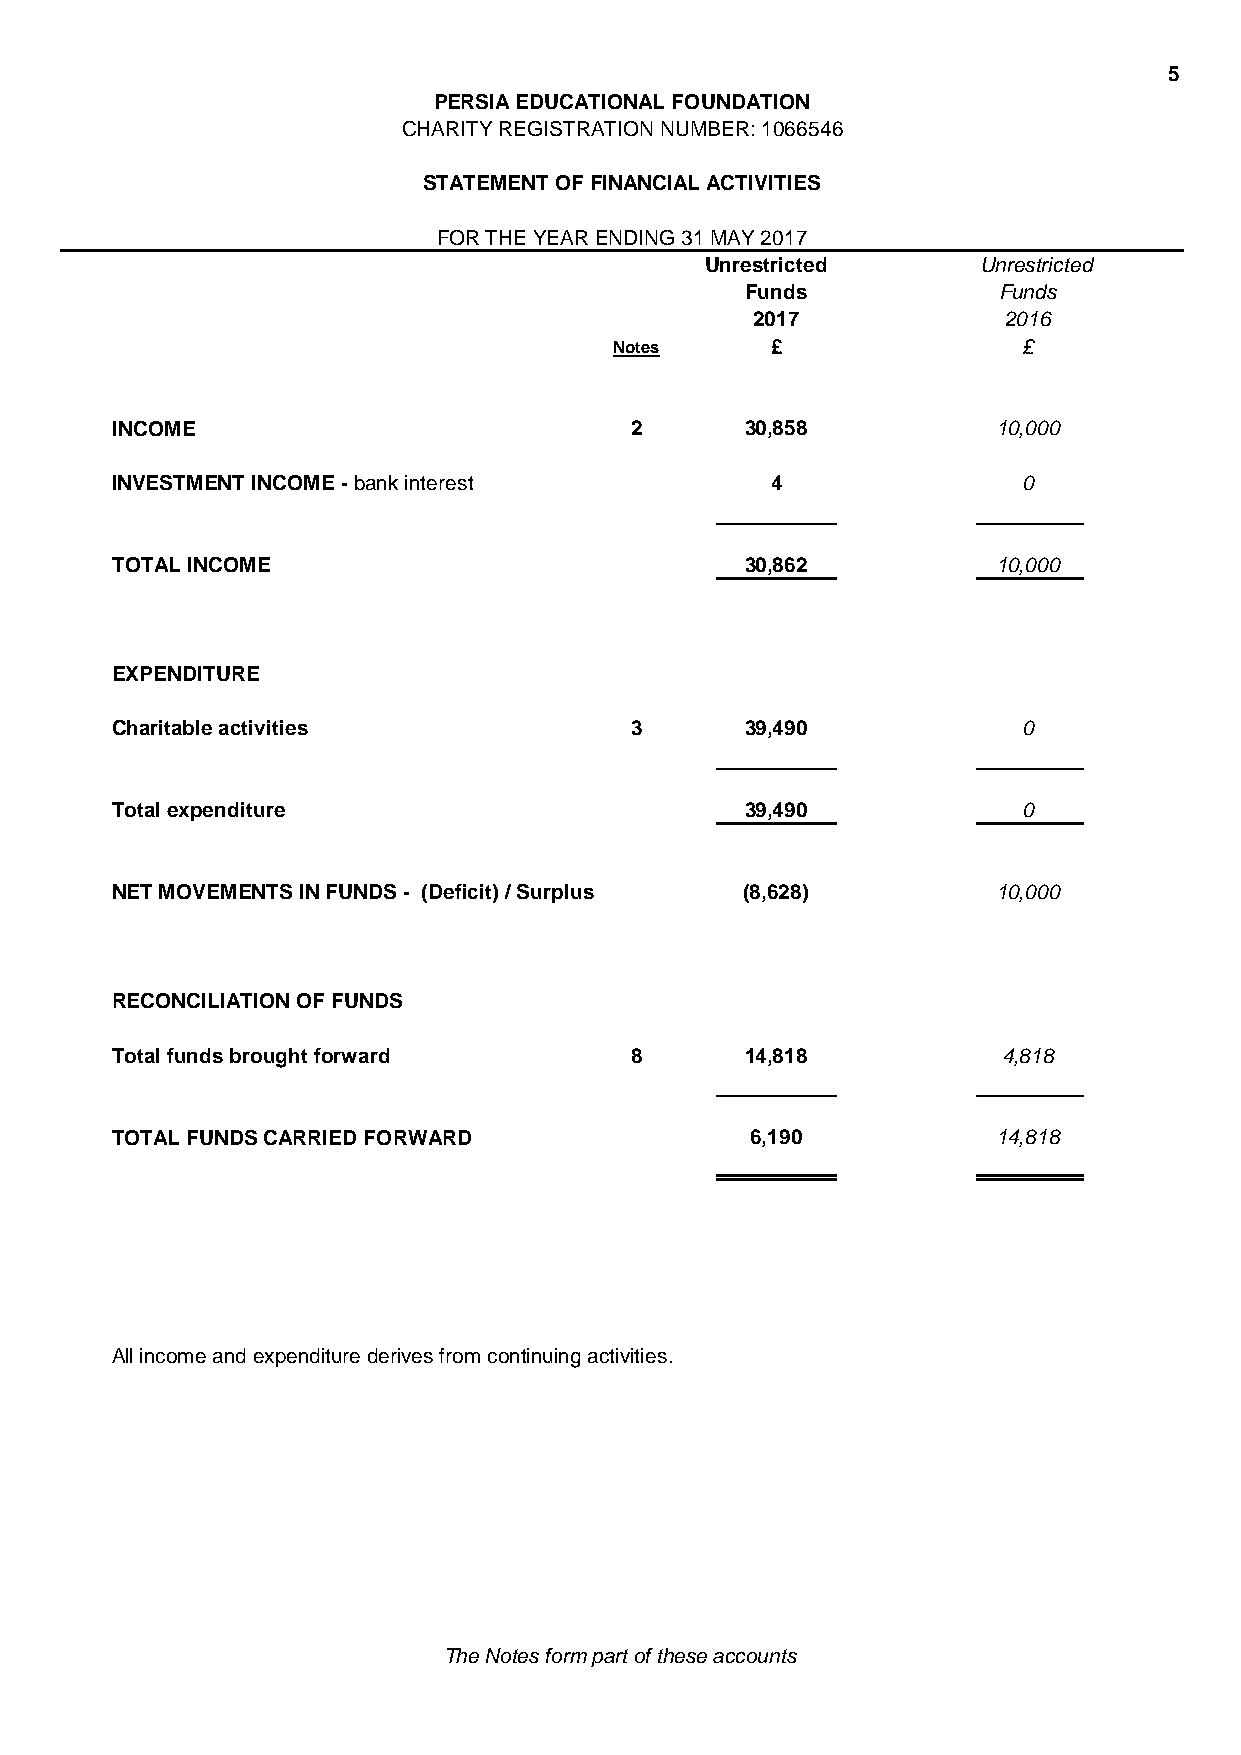
5
 PERSIA EDUCATIONAL FOUNDATION
 CHARITY REGISTRATION NUMBER: 1066546
 STATEMENT OF FINANCIAL ACTIVITIES
 FOR THE YEAR ENDING 31 MAY 2017
 Unrestricted      Unrestricted
 Funds            Funds
 2017            2016
 Notes     £                £
 INCOME                             2      30,858           10,000
 INVESTMENT INCOME - bank interest           4                0
 TOTAL INCOME                              30,862           10,000
 EXPENDITURE
 Charitable activities              3      39,490             0
 Total expenditure                         39,490             0
 NET MOVEMENTS IN FUNDS - (Deficit) / Surplus (8,628)       10,000
 RECONCILIATION OF FUNDS
 Total funds brought forward        8      14,818           4,818
 TOTAL FUNDS CARRIED FORWARD                6,190           14,818
 All income and expenditure derives from continuing activities.
 The Notes form part of these accounts